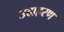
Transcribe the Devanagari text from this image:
उदाह्ररण